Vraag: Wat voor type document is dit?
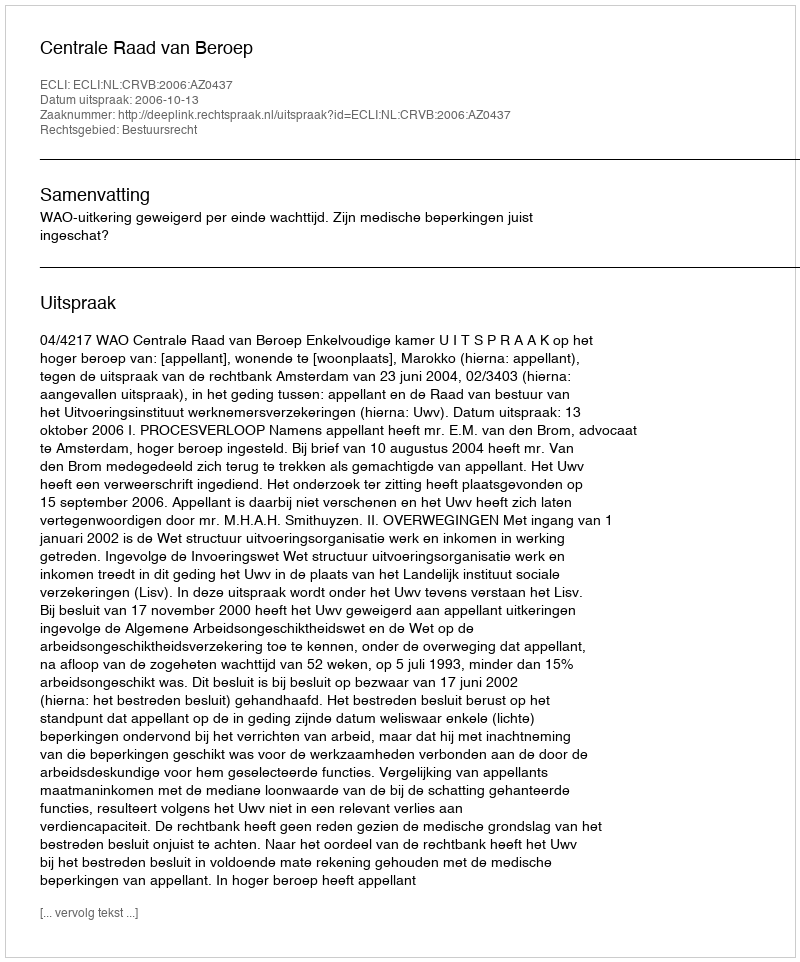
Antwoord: Uitspraak